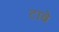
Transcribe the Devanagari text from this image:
टाबे